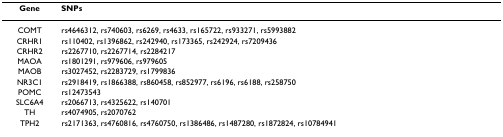
<table><thead><tr><td><b>Gene</b></td><td><b>SNPs</b></td></tr></thead><tbody><tr><td>COMT</td><td>rs4646312, rs740603, rs6269, rs4633, rs165722, rs933271, rs5993882</td></tr><tr><td>CRHR1</td><td>rs110402, rs1396862, rs242940, rs173365, rs242924, rs7209436</td></tr><tr><td>CRHR2</td><td>rs2267710, rs2267714, rs2284217</td></tr><tr><td>MAOA</td><td>rs1801291, rs979606, rs979605</td></tr><tr><td>MAOB</td><td>rs3027452, rs2283729, rs1799836</td></tr><tr><td>NR3C1</td><td>rs2918419, rs1866388, rs860458, rs852977, rs6196, rs6188, rs258750</td></tr><tr><td>POMC</td><td>rs12473543</td></tr><tr><td>SLC6A4</td><td>rs2066713, rs4325622, rs140701</td></tr><tr><td>TH</td><td>rs4074905, rs2070762</td></tr><tr><td>TPH2</td><td>rs2171363, rs4760816, rs4760750, rs1386486, rs1487280, rs1872824, rs10784941</td></tr></tbody></table>